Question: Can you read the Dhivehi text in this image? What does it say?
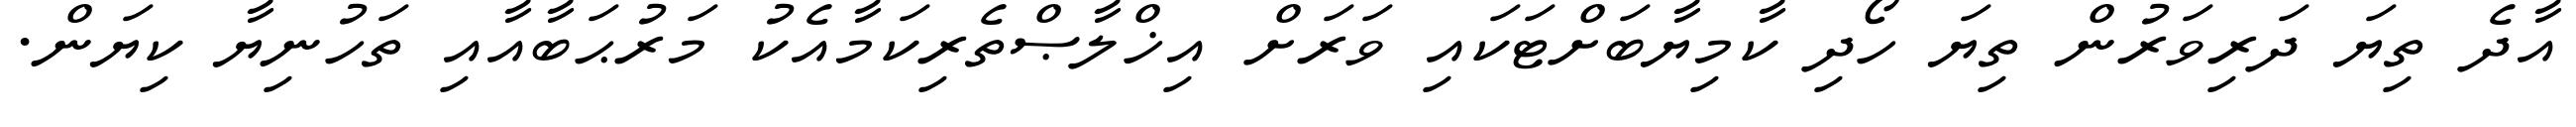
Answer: އާދެ ތިޔަ ދަރިވަރުން ތިޔަ ހޯދި ކާމިޔާބަށްޓަކައި ވަރަށް އިޚްލާޞްތެރިކަމާއެކު މަރުޙަބާއާއި ތަހުނިޔާ ކިޔަން.